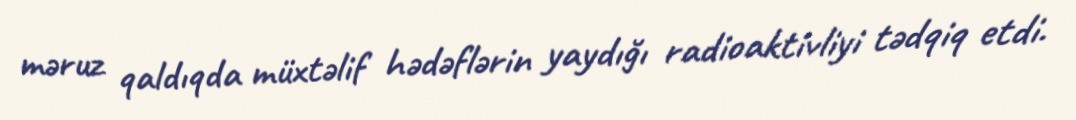
məruz qaldıqda müxtəlif hədəflərin yaydığı radioaktivliyi tədqiq etdi.